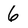
Character: 6